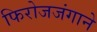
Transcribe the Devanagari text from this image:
फिरोजजंगाने